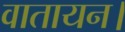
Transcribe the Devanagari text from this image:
वातायन।